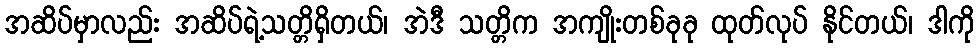
အဆိပ်မှာလည်း အဆိပ်ရဲ့သတ္တိရှိတယ်၊ အဲဒီ သတ္တိက အကျိုးတစ်ခုခု ထုတ်လုပ် နိုင်တယ်၊ ဒါကို